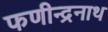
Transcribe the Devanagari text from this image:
फणीन्द्रनाथ